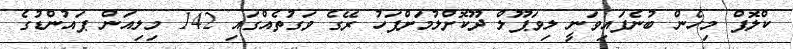
ކްލޮޕް މިހެން ބުނެފައިވަނީ ލިވަޕޫލް ދޫކޮށްލުމަށްފަހު ރޭގެ ވަގުތެއްގައި 142 މިލިއަން ޕައުންޑުގެ